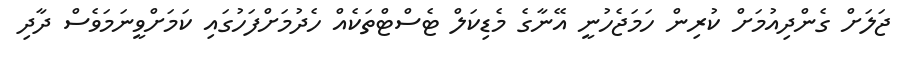
ޖަލަށް ގެންދިއުމަށް ކުރިން ހަމަޖެހުނީ އޭނާގެ މެޑިކަލް ޓެސްޓްތަކެއް ހެދުމަށްފަހުގައި ކަމަށްވީނަމަވެސް ދާދި